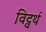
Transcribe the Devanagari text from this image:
विट्वर्थ